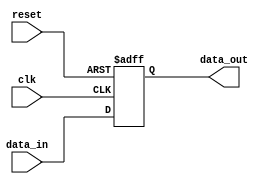
module async_reset_example (
    input wire clk,          // Clock input
    input wire reset,        // Asynchronous reset input
    input wire [7:0] data_in, // Example input data
    output reg [7:0] data_out // Example output data
);

// Asynchronous reset behavior
always @(posedge clk or posedge reset) begin
    if (reset) begin
        // Set output to predefined reset state
        data_out <= 8'b0; // Reset state (e.g., zero)
    end else begin
        // Normal operation on clock edge
        data_out <= data_in; // Example operation: pass input to output
    end
end

endmodule